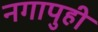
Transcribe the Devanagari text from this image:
नगापुही